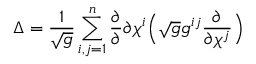
\Delta = \frac { 1 } { \sqrt g } \sum _ { i , j = 1 } ^ { n } \frac { \partial } { \partial } { \partial \chi ^ { i } } \Big ( \sqrt g g ^ { i j } \frac { \partial } { \partial \chi ^ { j } } \Big )